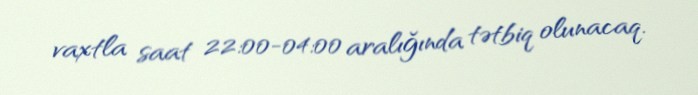
vaxtla saat 22:00-04:00 aralığında tətbiq olunacaq.